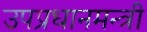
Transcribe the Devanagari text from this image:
उपप्रधानमन्त्री